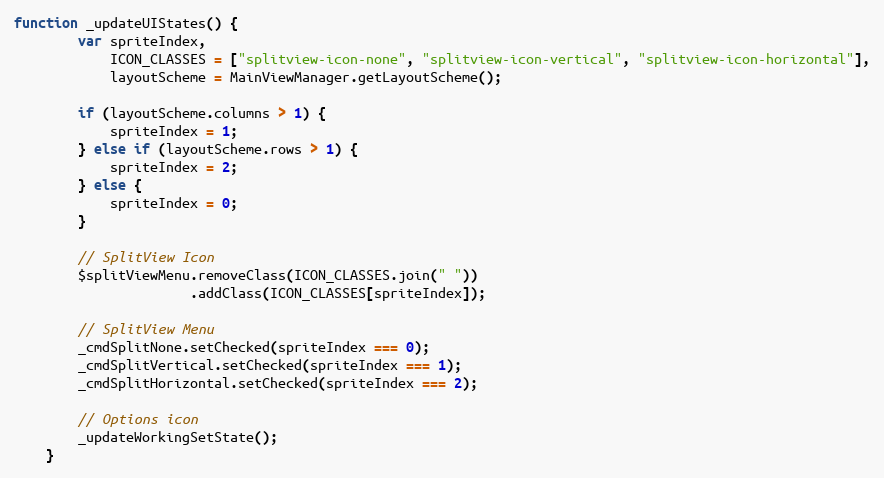
Language: JavaScript
function _updateUIStates() {
        var spriteIndex,
            ICON_CLASSES = ["splitview-icon-none", "splitview-icon-vertical", "splitview-icon-horizontal"],
            layoutScheme = MainViewManager.getLayoutScheme();

        if (layoutScheme.columns > 1) {
            spriteIndex = 1;
        } else if (layoutScheme.rows > 1) {
            spriteIndex = 2;
        } else {
            spriteIndex = 0;
        }

        // SplitView Icon
        $splitViewMenu.removeClass(ICON_CLASSES.join(" "))
                      .addClass(ICON_CLASSES[spriteIndex]);

        // SplitView Menu
        _cmdSplitNone.setChecked(spriteIndex === 0);
        _cmdSplitVertical.setChecked(spriteIndex === 1);
        _cmdSplitHorizontal.setChecked(spriteIndex === 2);

        // Options icon
        _updateWorkingSetState();
    }